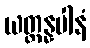
ယတ္ထန္နပါနံ